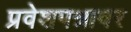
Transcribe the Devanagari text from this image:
प्रवेशपत्रावर